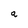
Character: a